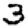
Digit: 3